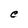
Character: e